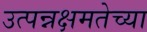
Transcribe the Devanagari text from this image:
उत्पन्नक्षमतेच्या